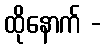
ထိုနောက် -